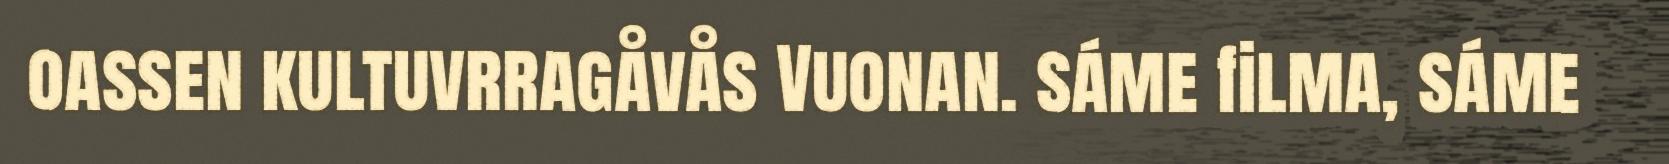
oassen kultuvrragåvås Vuonan. sáme filma, sáme